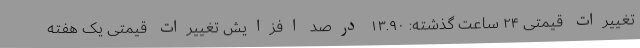
تغییرات قیمتی ۲۴ ساعت گذشته: ۱۳.۹۰ درصد افزایش تغییرات قیمتی یک هفته